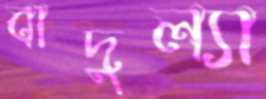
বাদুল্যা